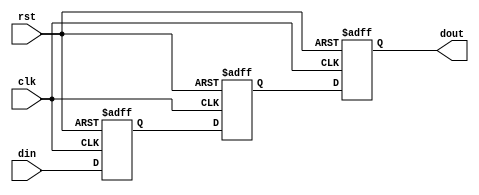
module metastability_detector (
    input wire clk,         // Clock signal
    input wire rst,         // Reset signal
    input wire din,         // Input signal to be monitored
    output reg dout         // Stabilized output signal
);

    // Internal signals for the two flip-flops
    reg ff1, ff2;

    // Flip-flop 1: Sample the input signal (din)
    always @(posedge clk or posedge rst) begin
        if (rst) begin
            ff1 <= 1'b0;   // Reset ff1 to known state
        end else begin
            ff1 <= din;    // Capture input signal
        end
    end

    // Flip-flop 2: Sample the output of ff1
    always @(posedge clk or posedge rst) begin
        if (rst) begin
            ff2 <= 1'b0;   // Reset ff2 to known state
        end else begin
            ff2 <= ff1;    // Capture output of ff1
        end
    end

    // Output signal is the output of the second flip-flop
    always @(posedge clk or posedge rst) begin
        if (rst) begin
            dout <= 1'b0;   // Reset dout to known state
        end else begin
            dout <= ff2;    // Stabilized output
        end
    end

endmodule